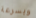
وبسرعة